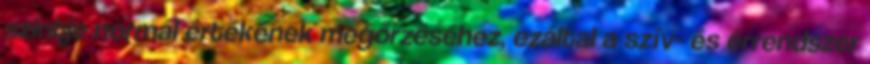
szintje normál értékének megőrzéséhez, ezáltal a szív- és érrendszer